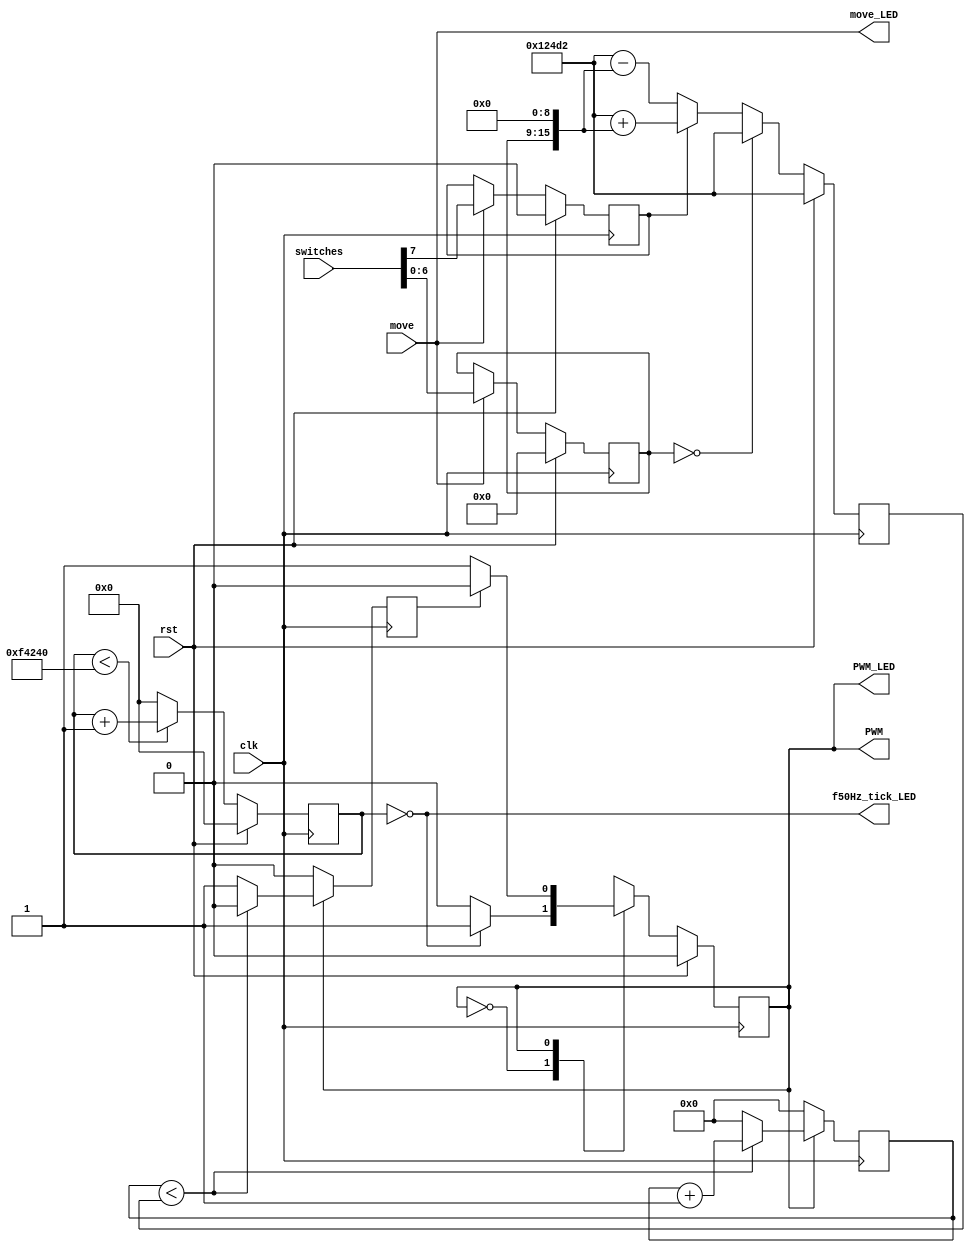
`timescale 1ns / 1ps

module main(
		// Intputs
				clk, 
				rst, 
				switches, 
				move, 
		// Outputs
				PWM,
		// Debug		
				PWM_LED,
				move_LED,
				f50Hz_tick_LED,
				
    );

// ********** INPUTS & OUTPUTS ****** //
// ********************************** //

input clk, rst;
input [7:0] switches;  // direction (1 bit) + position (7 bits)
input move;            // pulsador para aceptar el ingreso de posicin
output PWM;
// Debug
output PWM_LED, move_LED, f50Hz_tick_LED;


// ********** DEFINITIONS *********** //
// ********************************** //

//    `define FPGA_20MHz   
      `define FPGA_50MHz

// *********** PARAMETERS *********** // 
// ********************************** // 	

`ifdef FPGA_20MHz
       parameter   FPGA_FREQ  =  20_000_000; // 20MHz
`endif
`ifdef FPGA_50MHz
		 parameter   FPGA_FREQ  =  50_000_000; // 20MHz
`endif
       parameter   PWM_FREQ   =  50;         // 50Hz --> 20ms period

		 parameter PWM_COUNT = FPGA_FREQ / PWM_FREQ;  // # counts to get PWM period
		 parameter NEUTRAL_TIME = 667;             // NEUTRAL_TIME = 1 / NEUTRAL_POSITION : 1/1,5 ms

		 parameter NEUTRAL_COUNT = FPGA_FREQ / NEUTRAL_TIME;

`ifdef FPGA_20MHz
		 parameter SENSITIVITY = 7'b000_0000;    // mx j value: 11_1111_1000_0000 = 16256
`endif
`ifdef FPGA_50MHz
	    parameter SENSITIVITY = 9'b0_0000_0000;   // mx j value: 111_1111_0000_0000 = 32512
//     parameter SENSITIVITY = 7'b000_0000;   
`endif
		 
		 parameter MOV_LEFT   =  1'b0;
		 parameter MOV_RIGHT  =  1'b1;

// ************* CLOCK ADJUSTMENT **************** //
// *********************************************** //

// 50 Hz Clock tick generation: 20ms period
reg [19:0] i = 0;

always @(posedge clk) 
begin	
	if (rst)
		i <= 20'd0;
	else begin
		if (i < PWM_COUNT)
			i <= i + 1;
		else
			i <= 20'd0;
	end
end

wire f50Hz_tick = (i == 20'd0);  // tick every 20ms

// ******** PULSE WIDTH SELECTION ********** //
// ***************************************** //

wire direction = switches[7];
wire [6:0] position  = switches[6:0];

reg        dir_reg;
reg [6:0]  pos_reg;
reg [16:0] PWM_width;

initial begin
	dir_reg = 0;
	pos_reg = 0;
	PWM_width = 17'd0;
end

// switches values stored in reg
always @(posedge clk) 
begin
	if (rst) begin	
		pos_reg <= 0;
		dir_reg <= 0;
	end else begin
		if (move) begin
			pos_reg <= position;
			dir_reg <= direction;
		end else begin
			pos_reg <= pos_reg;
			dir_reg <= dir_reg;
		end
	end
end 
	
always @(posedge clk)  
begin
	if (rst)
		PWM_width <= NEUTRAL_COUNT;
	else begin
		if (pos_reg == 7'd0) 			                           // if position is NEUTRAL
			PWM_width <= NEUTRAL_COUNT;
		else begin
			if (dir_reg == MOV_RIGHT)                             // move to the right             
				PWM_width <= NEUTRAL_COUNT + {pos_reg,SENSITIVITY};
			else                                                  // move to the left
				PWM_width <= NEUTRAL_COUNT - {pos_reg,SENSITIVITY};
		end
	end
end
				
// ******* FINITE STATE MACHINE ********* //
// ************************************** //

reg state;
reg finish_pulse;
reg [16:0] j;
reg next_state;  // NOT a phisical reg, remembre!!!: all variable inside always @ structure, must be declared as "reg"

always @(posedge clk)
begin
	if (rst)
		state <= 0;
	else
		state <= next_state;
end

always @( * )
begin 
	case (state)
		0: if (f50Hz_tick)
				next_state = 1;
			else 
				next_state = 0;
		1: if (finish_pulse)
				next_state = 0;
			else 
				next_state = 1;
	endcase
end

always @(posedge clk)
begin
	if (state)
		if (j < PWM_width) begin
			j <= j+1;
			finish_pulse <= 0;
		end else begin
			j <= 0;
			finish_pulse <= 1;
		end
	else begin
		finish_pulse <= 0;
		j <= 0;
	end
end

assign PWM = (state == 1);	

// Debug
assign PWM_LED = PWM;
assign move_LED = move;
assign f50Hz_tick_LED = f50Hz_tick;

endmodule